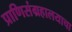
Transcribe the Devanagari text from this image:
प्राणिसंग्रहालयाचा